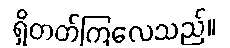
ရှိတတ်ကြလေသည်။